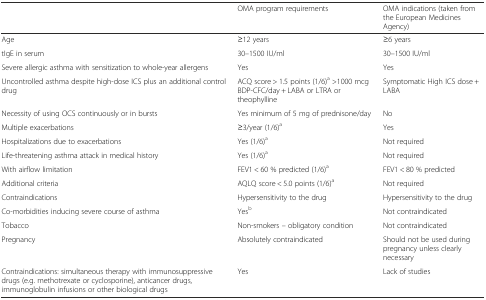
<table><thead><tr><td></td><td><b>OMA program requirements</b></td><td><b>OMA indications (taken from the European Medicines Agency)</b></td></tr></thead><tbody><tr><td>Age</td><td>≥12 years</td><td>≥6 years</td></tr><tr><td>tIgE in serum</td><td>30–1500 IU/ml</td><td>30–1500 IU/ml</td></tr><tr><td>Severe allergic asthma with sensitization to whole-year allergens</td><td>Yes</td><td>Yes</td></tr><tr><td>Uncontrolled asthma despite high-dose ICS plus an additional control drug</td><td>ACQ score &gt; 1.5 points (1/6)<sup>a</sup> &gt;1000 mcg BDP-CFC/day + LABA or LTRA or theophylline</td><td>Symptomatic High ICS dose + LABA</td></tr><tr><td>Necessity of using OCS continuously or in bursts</td><td>Yes minimum of 5 mg of prednisone/day</td><td>No</td></tr><tr><td>Multiple exacerbations</td><td>≥3/year (1/6)<sup>a</sup></td><td>Yes</td></tr><tr><td>Hospitalizations due to exacerbations</td><td>Yes (1/6)<sup>a</sup></td><td>Not required</td></tr><tr><td>Life-threatening asthma attack in medical history</td><td>Yes (1/6)<sup>a</sup></td><td>Not required</td></tr><tr><td>With airflow limitation</td><td>FEV1 &lt; 60 % predicted (1/6)<sup>a</sup></td><td>FEV1 &lt; 80 % predicted</td></tr><tr><td>Additional criteria</td><td>AQLQ score &lt; 5.0 points (1/6)<sup>a</sup></td><td>Not required</td></tr><tr><td>Contraindications</td><td>Hypersensitivity to the drug</td><td>Hypersensitivity to the drug</td></tr><tr><td>Co-morbidities inducing severe course of asthma</td><td>Yes<sup>b</sup></td><td>Not contraindicated</td></tr><tr><td>Tobacco</td><td>Non-smokers – obligatory condition</td><td>Not contraindicated</td></tr><tr><td>Pregnancy</td><td>Absolutely contraindicated</td><td>Should not be used during pregnancy unless clearly necessary</td></tr><tr><td>Contraindications: simultaneous therapy with immunosuppressive drugs (e.g. methotrexate or cyclosporine), anticancer drugs, immunoglobulin infusions or other biological drugs</td><td>Yes</td><td>Lack of studies</td></tr></tbody></table>